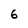
Character: 6